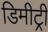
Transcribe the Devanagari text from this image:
डिमीट्री